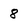
Character: 8